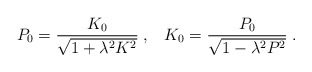
\begin{align*}P_0 = \frac{K_0}{\sqrt{1 + \lambda^2 K^2}} \; , \; \; \; K_0 = \frac{P_0}{\sqrt{1 - \lambda^2 P^2}} \; .\end{align*}